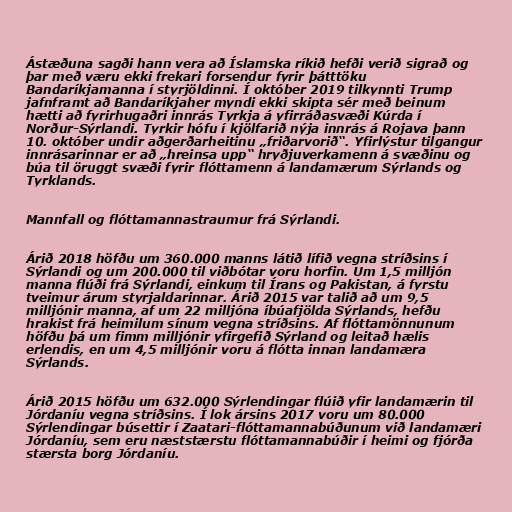
Ástæðuna sagði hann vera að Íslamska ríkið hefði verið sigrað og
þar með væru ekki frekari forsendur fyrir þátttöku
Bandaríkjamanna í styrjöldinni. Í október 2019 tilkynnti Trump
jafnframt að Bandaríkjaher myndi ekki skipta sér með beinum
hætti að fyrirhugaðri innrás Tyrkja á yfirráðasvæði Kúrda í
Norður-Sýrlandi. Tyrkir hófu í kjölfarið nýja innrás á Rojava þann
10. október undir aðgerðarheitinu „friðarvorið“. Yfirlýstur tilgangur
innrásarinnar er að „hreinsa upp“ hryðjuverkamenn á svæðinu og
búa til öruggt svæði fyrir flóttamenn á landamærum Sýrlands og
Tyrklands.

Mannfall og flóttamannastraumur frá Sýrlandi.

Árið 2018 höfðu um 360.000 manns látið lífið vegna stríðsins í
Sýrlandi og um 200.000 til viðbótar voru horfin. Um 1,5 milljón
manna flúði frá Sýrlandi, einkum til Írans og Pakistan, á fyrstu
tveimur árum styrjaldarinnar. Árið 2015 var talið að um 9,5
milljónir manna, af um 22 milljóna íbúafjölda Sýrlands, hefðu
hrakist frá heimilum sínum vegna stríðsins. Af flóttamönnunum
höfðu þá um fimm milljónir yfirgefið Sýrland og leitað hælis
erlendis, en um 4,5 milljónir voru á flótta innan landamæra
Sýrlands.

Árið 2015 höfðu um 632.000 Sýrlendingar flúið yfir landamærin til
Jórdaníu vegna stríðsins. Í lok ársins 2017 voru um 80.000
Sýrlendingar búsettir í Zaatari-flóttamannabúðunum við landamæri
Jórdaníu, sem eru næststærstu flóttamannabúðir í heimi og fjórða
stærsta borg Jórdaníu.